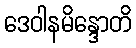
ဒေဝါနမိန္ဒောတိ